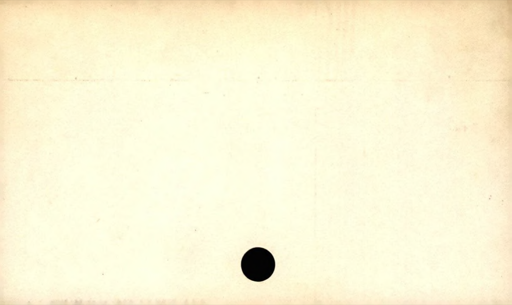
Label: divider